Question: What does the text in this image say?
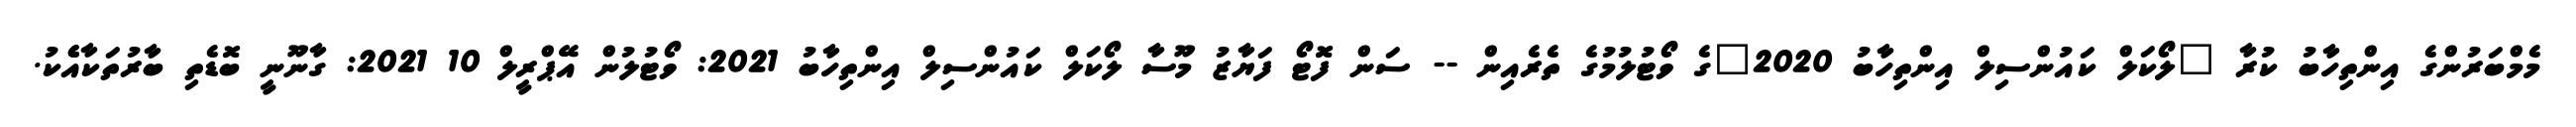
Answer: މެމްބަރުންގެ އިންތިހާބު ކުރާ "ލޯކަލް ކައުންސިލް އިންތިހާބު 2020"ގެ ވޯޓުލުމުގެ ތެރެއިން -- ސަން ފޮޓޯ ފަޔާޒު މޫސާ ލޯކަލް ކައުންސިލް އިންތިހާބު 2021: ވޯޓުލުން އޭޕްރީލް 10 2021: ގާނޫނީ ބޮޑެތި ބާރުތަކާއެެކު.